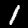
Digit: 1